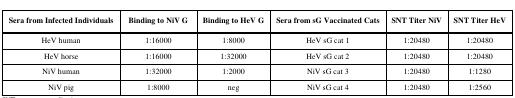
| Sera from Infected Individuals | Binding to NiV G | Binding to HeV G | Sera from sG Vaccinated Cats | SNT Titer NiV | SNT Titer HeV |
 | --- | --- | --- | --- | --- | --- |
 | HeV human | 1:16000 | 1:8000 | HeV sG cat 1 | 1:20480 | 1:20480 |
 | HeV horse | 1:16000 | 1:32000 | HeV sG cat 2 | 1:20480 | 1:20480 |
 | NiV human | 1:32000 | 1:2000 | NiV sG cat 3 | 1:20480 | 1:1280 |
 | NiV pig | 1:8000 | neg | NiV sG cat 4 | 1:20480 | 1:2560 |